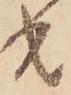
共